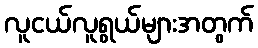
လူငယ်လူရွယ်များအတွက်